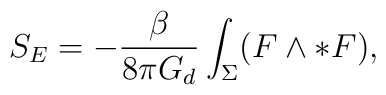
S_{E} = - \frac{\beta}{8 \pi G_{d}} \int_{\Sigma} (F \wedge \ast F),